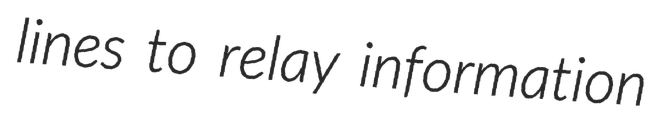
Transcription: lines to relay information